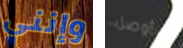
وإنني سأوصل